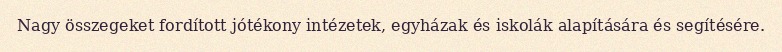
Nagy összegeket fordított jótékony intézetek, egyházak és iskolák alapítására és segítésére.